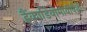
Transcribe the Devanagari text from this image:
हैंकार्डियोमायोपैथी